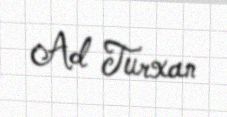
Ad Turxan